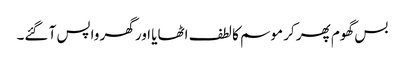
بس گھوم پھر کر موسم کا لطف اٹھایا اور گھر واپس آ گئے۔